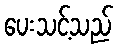
ပေးသင့်သည်